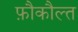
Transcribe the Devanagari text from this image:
फ़ौकौल्त